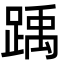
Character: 踽